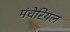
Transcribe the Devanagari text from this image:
मंचेरियल